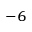
^ { - 6 }